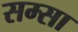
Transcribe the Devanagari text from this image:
सम्सा